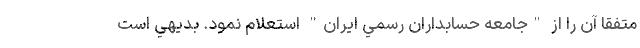
متفقاً آن را از "جامعه حسابداران رسمي ايران" استعلام نمود. بديهي است